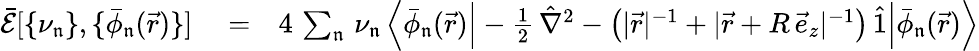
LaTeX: \begin{array}{rlr}{\mathcal{\bar{E}}[\{ \nu_{\mathfrak{n}}\} ,\{ \bar{\phi}_{\mathfrak{n}}(\vec{r})\} ]}&{{}=}&{4\, \sum_{\mathfrak{n}}\, \nu_{\mathfrak{n}}\, \Big\langle\bar{\phi}_{\mathfrak{n}}(\vec{r})\Big|-\frac{1}{2}\, \hat{\nabla}^{2}-\big(|\vec{r}|^{-1}+|\vec{r}+R\, \vec{e}_{z}|^{-1}\big)\, \hat{1}\Big|\bar{\phi}_{\mathfrak{n}}(\vec{r})\Big\rangle}\end{array}